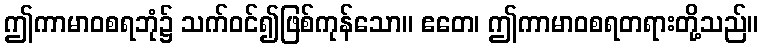
ဤကာမာဝစရဘုံ၌ သက်ဝင်၍ဖြစ်ကုန်သော။ ဧတေ၊ ဤကာမာဝစရတရားတို့သည်။